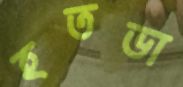
হতভা